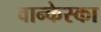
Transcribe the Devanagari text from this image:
वान्केस्का